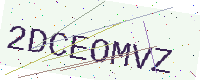
Text: 2DCEOMVZ